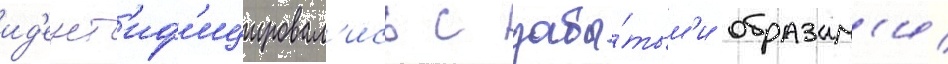
ид'ент'иф'ицировал'ись с забы́тым'и образам'и